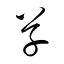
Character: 草